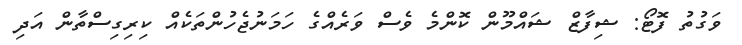
ވަގުތު ފޮޓޯ: ޝިފާޒް ޝައްމޫން ކޮންމެ ވެސް ވަރެއްގެ ހަމަނުޖެހުންތަކެއް ކިރިގިސްތާން އަދި